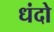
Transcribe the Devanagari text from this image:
धंदो